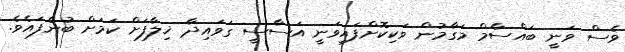
ވެސް ވަނީ ބައްސާމް މަގާމުން ވަކިކޮށްފައިވަނީ އަސާސީ ގަވައިދާ ޚިލާފަށް ކަމަށް ބުނެފައެވެ.